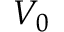
V _ { 0 }